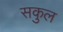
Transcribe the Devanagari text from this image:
सकुल